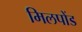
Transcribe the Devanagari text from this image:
मिलपोंड